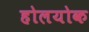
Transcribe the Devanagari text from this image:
होलयोक